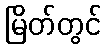
မြိတ်တွင်